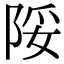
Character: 䧌